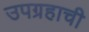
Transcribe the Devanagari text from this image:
उपग्रहाची